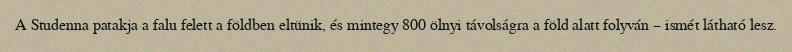
A Studenna patakja a falu felett a földben eltünik, és mintegy 800 ölnyi távolságra a föld alatt folyván – ismét látható lesz.